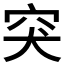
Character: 突